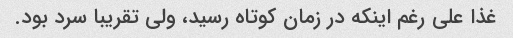
غذا على رغم اینکه در زمان کوتاه رسید، ولى تقریبا سرد بود.